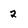
Character: 2